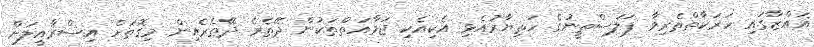
ޣައްޒާގައި ހަރަކާތްތެރިވާ ފަލަސްތީނުގެ ހަތިޔާރުއެޅި އެކިއެކި ޖަމާއަތްތަކުން ދޭތެރެ ދޭތެރެއިން މިގޮތަށް އިސްރާއީލަށް